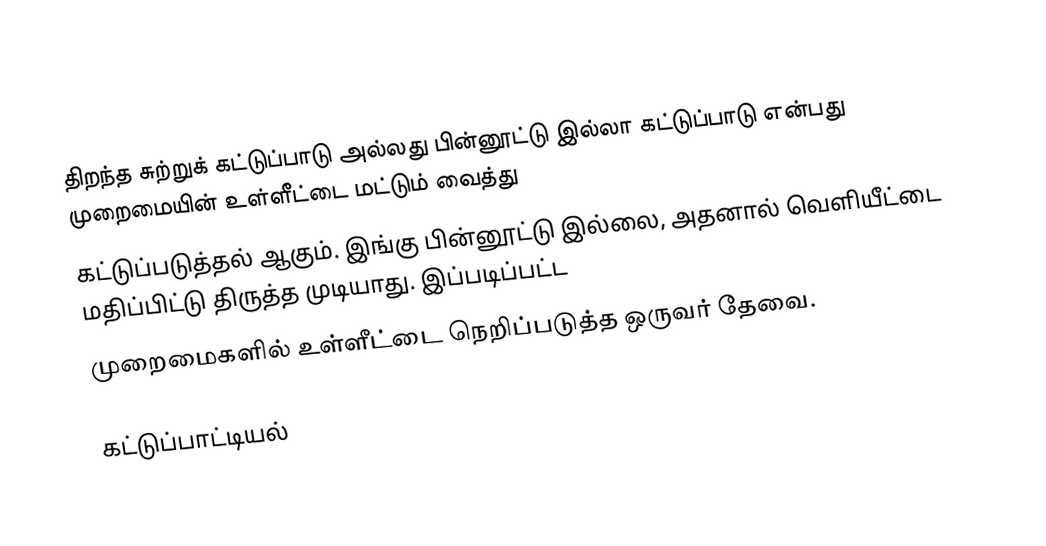
திறந்த சுற்றுக் கட்டுப்பாடு அல்லது பின்னூட்டு இல்லா கட்டுப்பாடு என்பது முறைமையின் உள்ளீட்டை மட்டும் வைத்து
கட்டுப்படுத்தல் ஆகும்.  இங்கு பின்னூட்டு இல்லை, அதனால் வெளியீட்டை மதிப்பிட்டு திருத்த முடியாது.  இப்படிப்பட்ட
முறைமைகளில் உள்ளீட்டை நெறிப்படுத்த ஒருவர் தேவை.

கட்டுப்பாட்டியல்